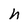
Character: n